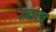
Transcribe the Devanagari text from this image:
दादांचाच